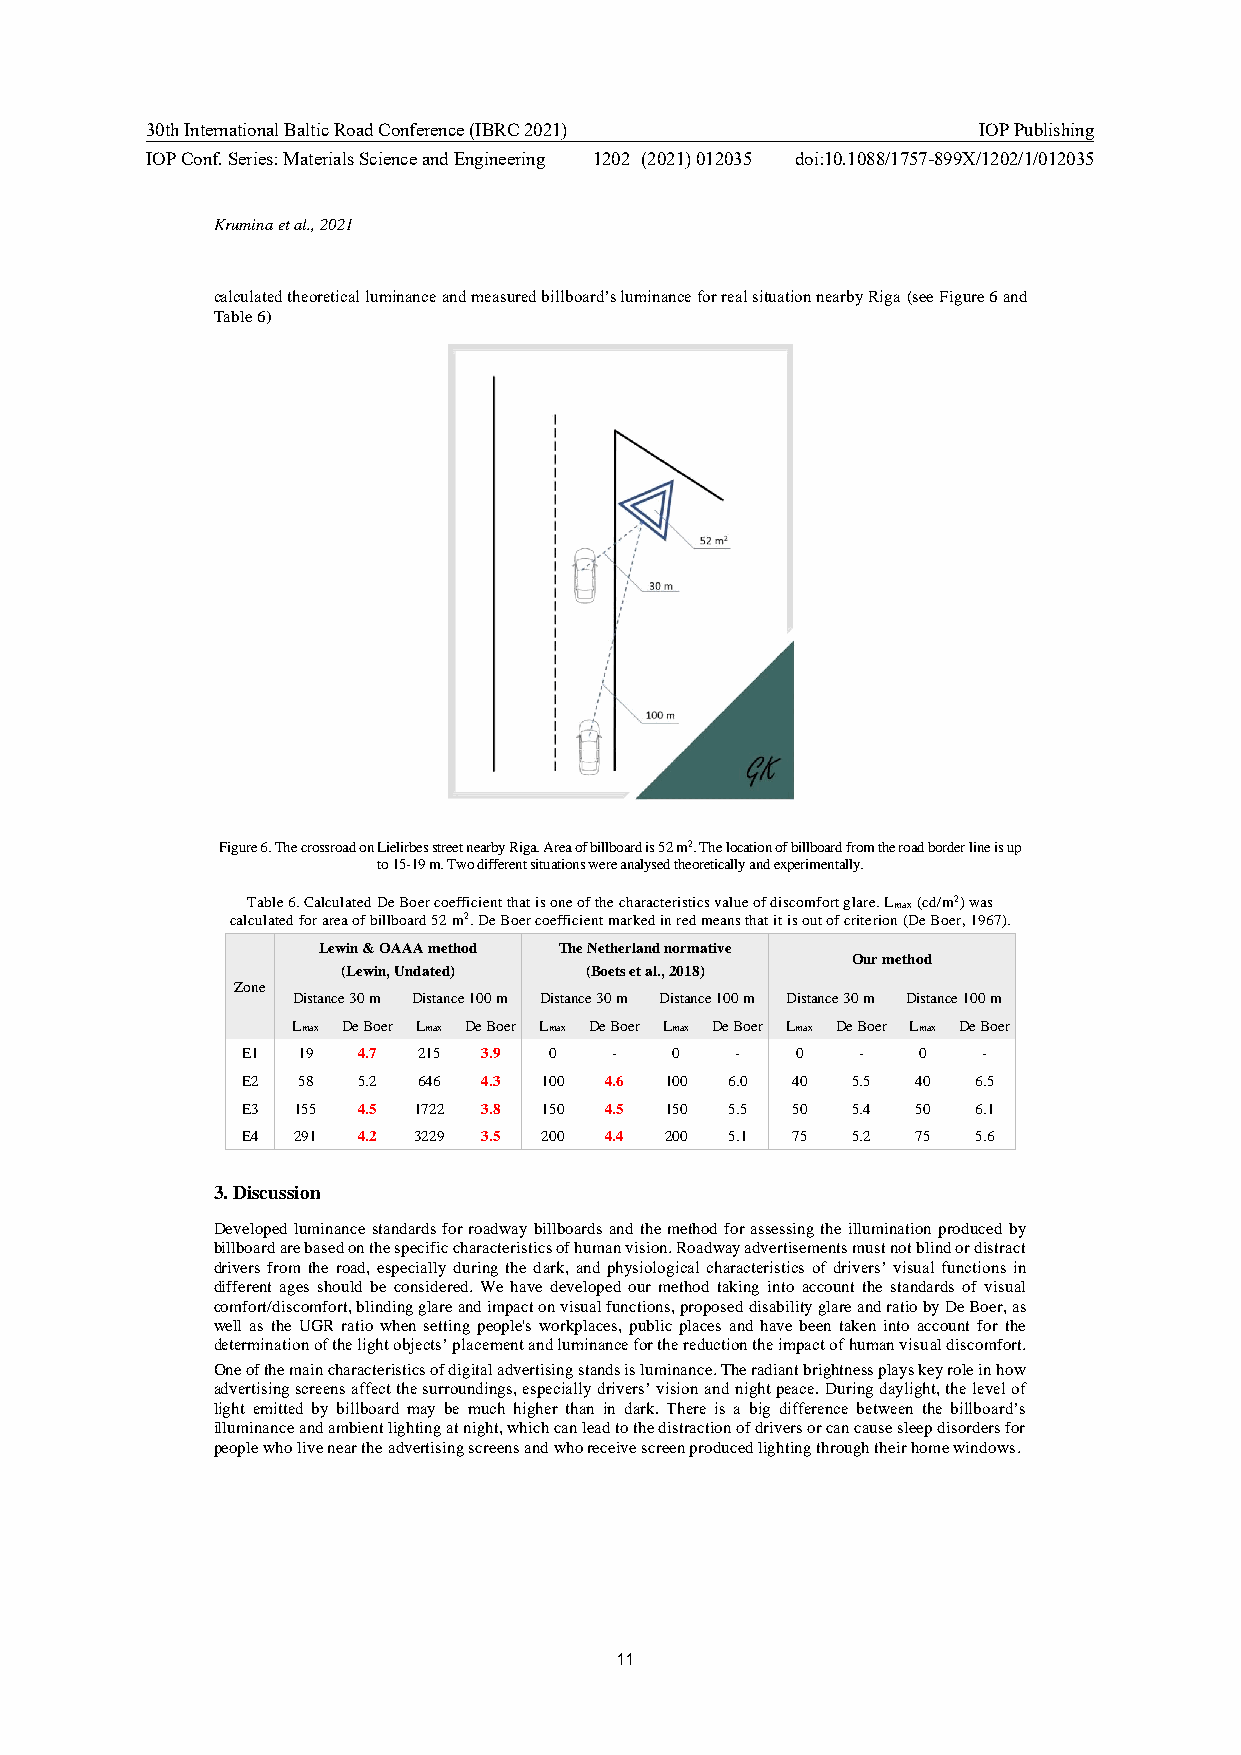
30th International Baltic Road Conference (IBRC 2021)  IOP Publishing
 IOP Conf. Series: Materials Science and Engineering 1202 (2021) 012035 doi:10.1088/1757-899X/1202/1/012035
 Krumina et al., 2021
 calculated theoretical luminance and measured billboard’s luminance for real situation nearby Riga (see Figure 6 and
 Table 6)
 Figure 6. The crossroad on Lielirbes street nearby Riga. Area of billboard is 52 m2. The location of billboard from the road border line is up
 to 15-19 m. Two different situations were analysed theoretically and experimentally.
 Table 6. Calculated De Boer coefficient that is one of the characteristics value of discomfort glare. Lmax (cd/m2) was
 calculated for area of billboard 52 m2. De Boer coefficient marked in red means that it is out of criterion (De Boer, 1967).
 Lewin & OAAA method The Netherland normative
 Our method
 (Lewin, Undated) (Boets et al., 2018)
 Zone
 Distance 30 m Distance 100 m Distance 30 m Distance 100 m Distance 30 m Distance 100 m
 Lmax De Boer Lmax De Boer Lmax De Boer Lmax De Boer Lmax De Boer Lmax De Boer
 E1  19  4.7 215 3.9 0   -   0    -   0   -   0   -
 E2  58  5.2 646 4.3 100 4.6 100 6.0 40  5.5  40  6.5
 E3 155  4.5 1722 3.8 150 4.5 150 5.5 50 5.4  50  6.1
 E4 291  4.2 3229 3.5 200 4.4 200 5.1 75 5.2  75  5.6
 3. Discussion
 Developed luminance standards for roadway billboards and the method for assessing the illumination produced by
 billboard are based on the specific characteristics of human vision. Roadway advertisements must not blind or distract
 drivers from the road, especially during the dark, and physiological characteristics of drivers’ visual functions in
 different ages should be considered. We have developed our method taking into account the standards of visual
 comfort/discomfort, blinding glare and impact on visual functions, proposed disability glare and ratio by De Boer, as
 well as the UGR ratio when setting people's workplaces, public places and have been taken into account for the
 determination of the light objects’ placement and luminance for the reduction the impact of human visual discomfort.
 One of the main characteristics of digital advertising stands is luminance. The radiant brightness plays key role in how
 advertising screens affect the surroundings, especially drivers’ vision and night peace. During daylight, the level of
 light emitted by billboard may be much higher than in dark. There is a big difference between the billboard’s
 illuminance and ambient lighting at night, which can lead to the distraction of drivers or can cause sleep disorders for
 people who live near the advertising screens and who receive screen produced lighting through their home windows.
 11